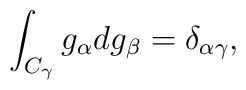
\int_{C_{\gamma }}g_{\alpha }dg_{\beta }=\delta _{\alpha \gamma },